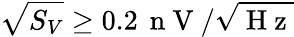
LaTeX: \sqrt{S_{V}}\geq 0.2\, \mathrm{~n~V~}/\sqrt{\mathrm{~H~z~}}